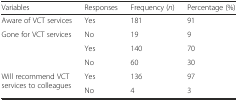
<table><thead><tr><td><b>Variables</b></td><td><b>Responses</b></td><td><b>Frequency (<i>n</i>)</b></td><td><b>Percentage (%)</b></td></tr></thead><tbody><tr><td>Aware of VCT services</td><td>Yes</td><td>181</td><td>91</td></tr><tr><td rowspan="3">Gone for VCT services</td><td>No</td><td>19</td><td>9</td></tr><tr><td>Yes</td><td>140</td><td>70</td></tr><tr><td>No</td><td>60</td><td>30</td></tr><tr><td rowspan="2">Will recommend VCT services to colleagues</td><td>Yes</td><td>136</td><td>97</td></tr><tr><td>No</td><td>4</td><td>3</td></tr></tbody></table>